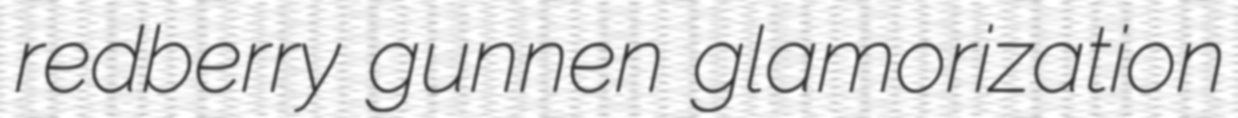
redberry gunnen glamorization